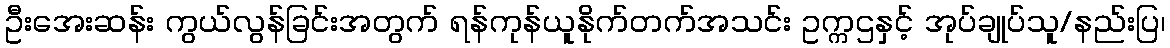
ဦးအေးဆန်း ကွယ်လွန်ခြင်းအတွက် ရန်ကုန်ယူနိုက်တက်အသင်း ဥက္ကဌနှင့် အုပ်ချုပ်သူ/နည်းပြ၊